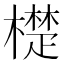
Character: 檚